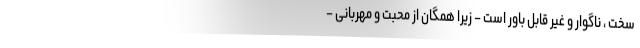
سخت ، ناگوار و غیر قابل باور است – زیرا همگان از محبت و مهربانی –